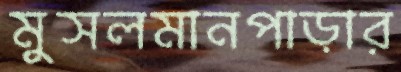
মুসলমানপাড়ার